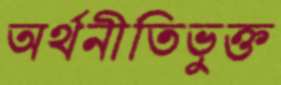
অর্থনীতিভুক্ত